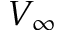
V _ { \infty }